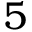
5